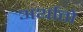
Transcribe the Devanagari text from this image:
अर्थातो